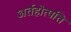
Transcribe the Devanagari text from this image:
अर्तहोत्पत्ति